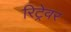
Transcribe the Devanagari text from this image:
रिट्रेवर